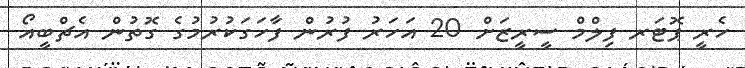
ހެރީ ޕޮޓަރ ފިލްމް ސީރީޒަށް 20 އަހަރު ފުރުން ފާހަގަކުރުމުގެ ގޮތުން އެޗްބީއޯ